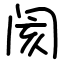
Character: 阂